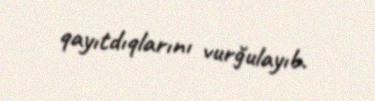
qayıtdıqlarını vurğulayıb.